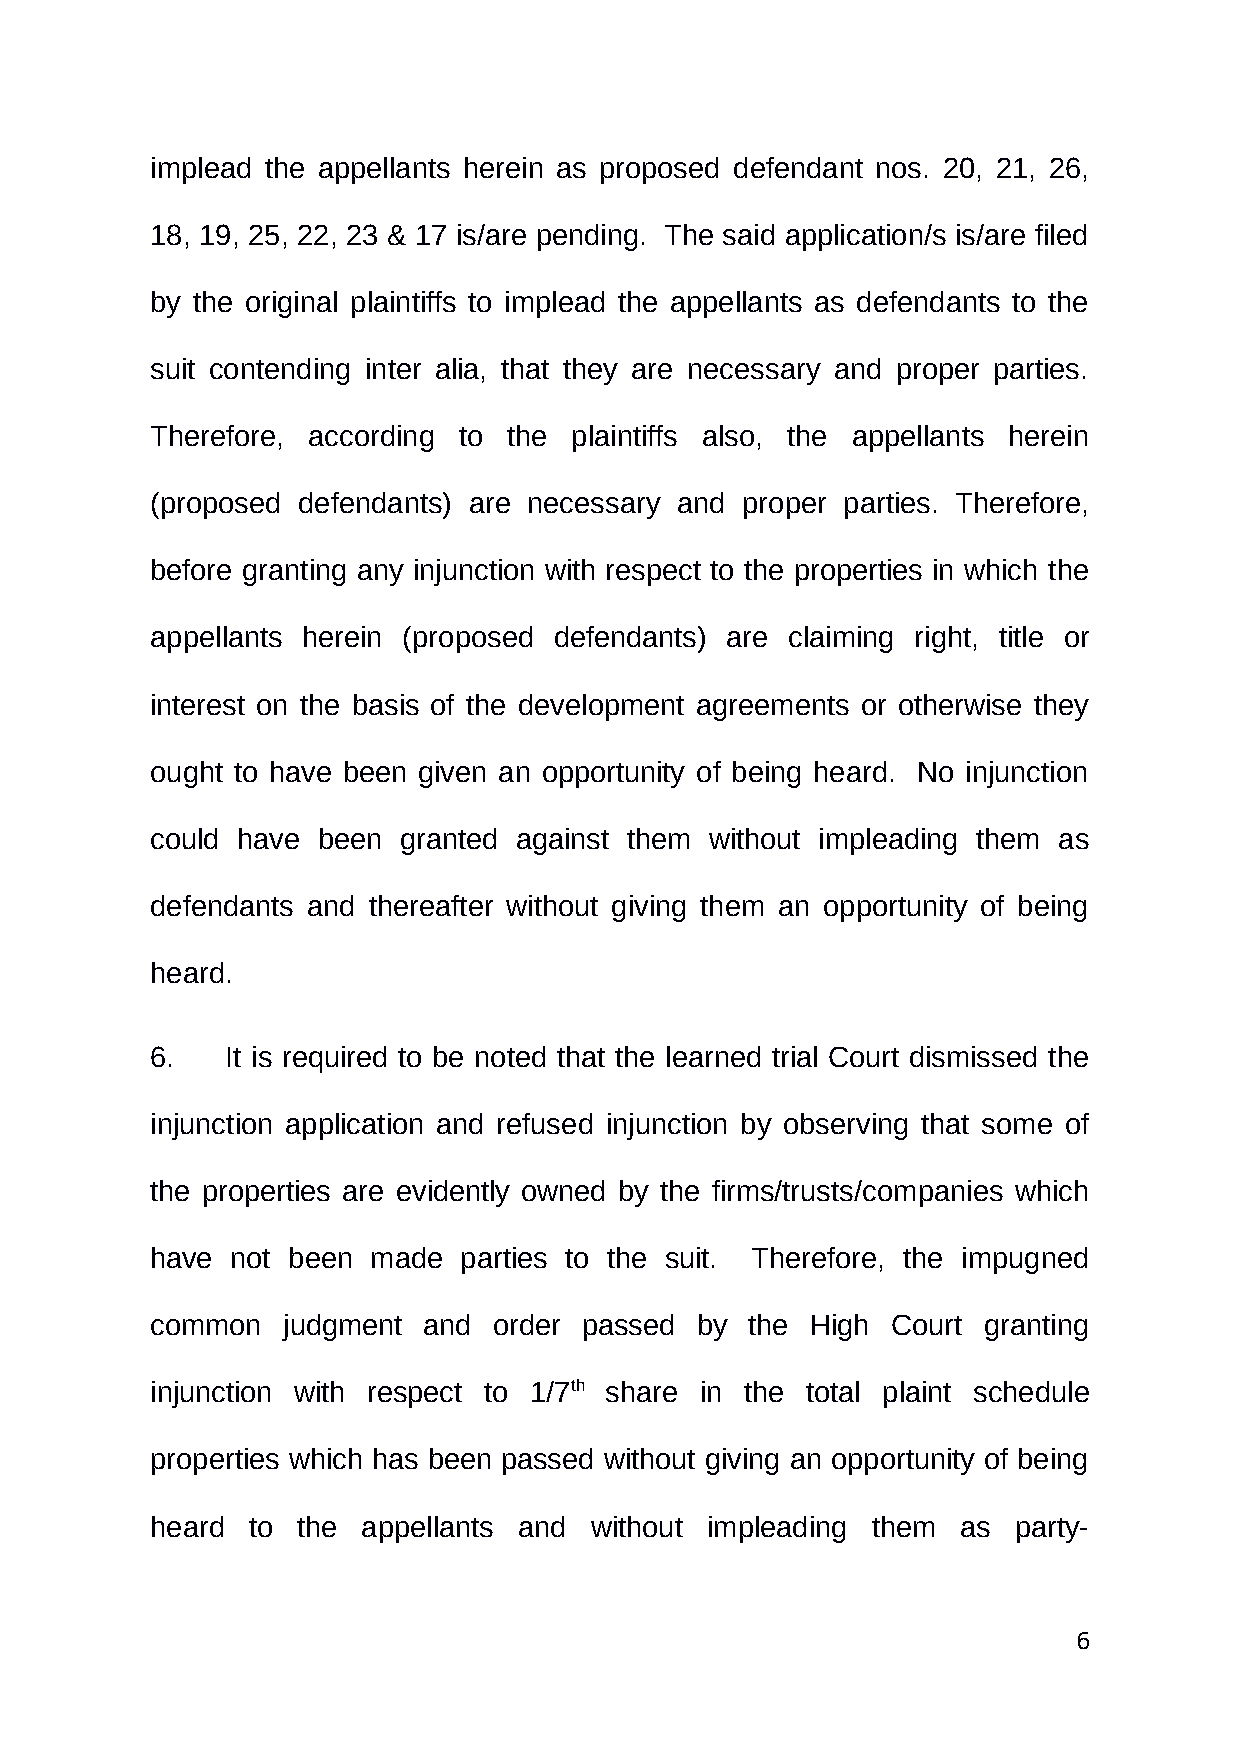
implead the appellants herein as proposed defendant nos. 20, 21, 26,
 18, 19, 25, 22, 23 & 17 is/are pending. The said application/s is/are filed
 by the original plaintiffs to implead the appellants as defendants to the
 suit contending inter alia, that they are necessary and proper parties.
 Therefore, according to the plaintiffs also, the appellants herein
 (proposed defendants) are necessary and proper parties. Therefore,
 before granting any injunction with respect to the properties in which the
 appellants herein (proposed defendants) are claiming right, title or
 interest on the basis of the development agreements or otherwise they
 ought to have been given an opportunity of being heard. No injunction
 could have been granted against them without impleading them as
 defendants and thereafter without giving them an opportunity of being
 heard.
 6.   It is required to be noted that the learned trial Court dismissed the
 injunction application and refused injunction by observing that some of
 the properties are evidently owned by the firms/trusts/companies which
 have not been  made parties to the suit. Therefore, the impugned
 common   judgment and  order passed by  the High Court granting
 injunction with respect to 1/7th share in the total plaint schedule
 properties which has been passed without giving an opportunity of being
 heard to  the appellants and without impleading them  as party-
 6